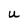
Character: U